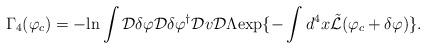
LaTeX: \begin{align*}\Gamma_{4}(\varphi_{c})= - {\rm ln}\int {\cal D}\delta\varphi {\cal D}\delta\varphi^{\dagger} {\cal D}v {\cal D}\Lambda {\rm exp}\{ - \int d^{4}x \tilde{\cal L}(\varphi_{c}+\delta\varphi) \}. \end{align*}